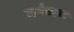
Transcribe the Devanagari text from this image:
मर्मप्रहार